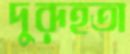
দুরূহতা